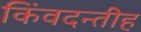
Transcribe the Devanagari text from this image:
किंवदन्तीह